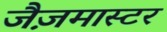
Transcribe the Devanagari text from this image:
जैज़मास्टर